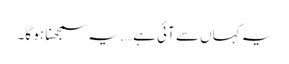
یہ کہاں سے آئی ہے …. یہ سمجھنا ہو گا۔